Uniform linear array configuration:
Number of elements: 8
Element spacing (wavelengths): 0.25
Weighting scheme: kaiser
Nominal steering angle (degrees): -45
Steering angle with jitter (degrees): -46.317
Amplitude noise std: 0.05
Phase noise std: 0.05

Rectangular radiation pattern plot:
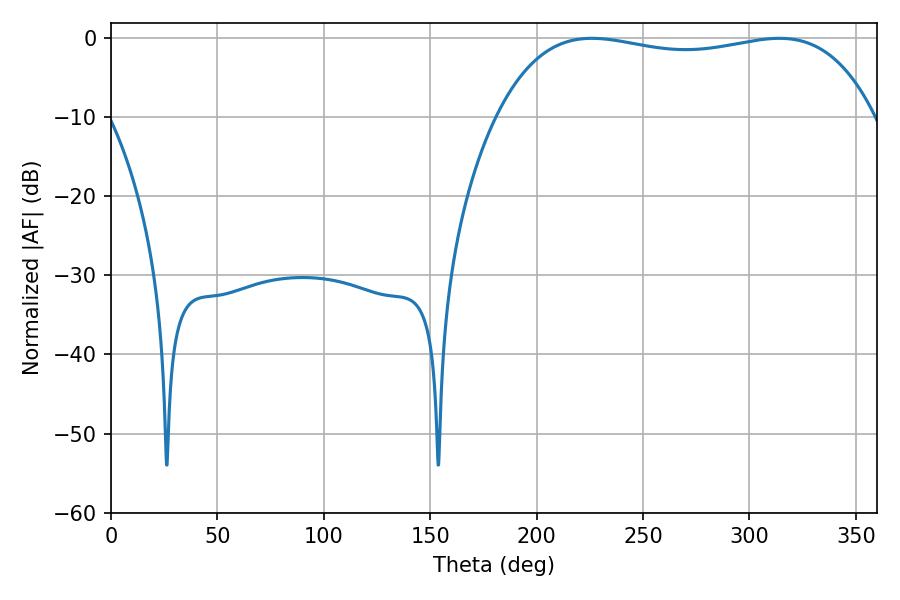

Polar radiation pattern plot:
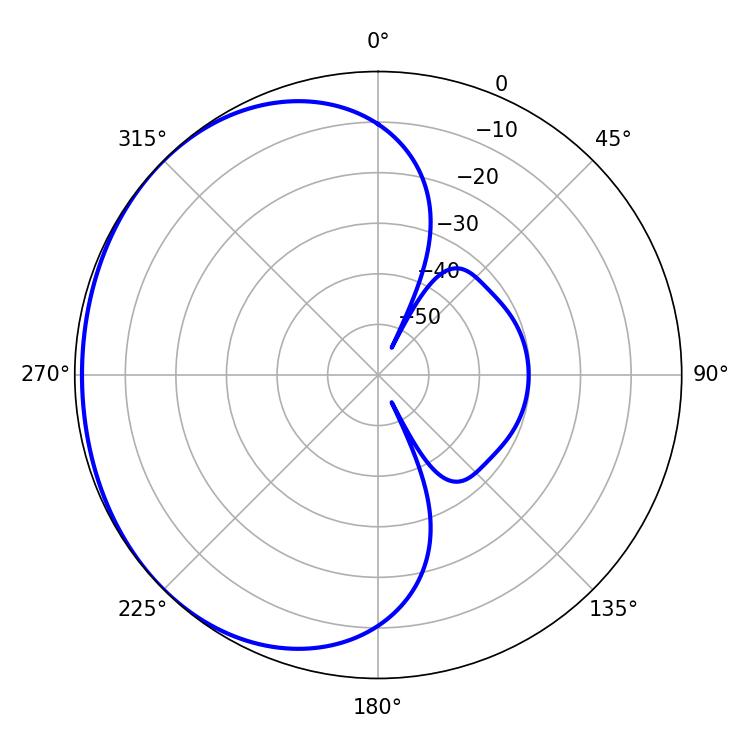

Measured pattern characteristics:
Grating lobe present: FALSE
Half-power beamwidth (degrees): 142.92
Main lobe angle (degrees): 225.9